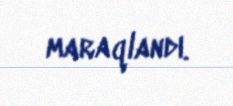
maraqlandı.